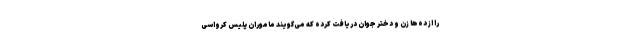
را از ده‌ها زن و دختر جوان دریافت کرده که می‌گویند ماموران پلیس کرواسی